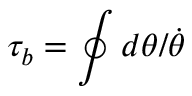
\tau _ { b } = \oint d \theta / \dot { \theta }